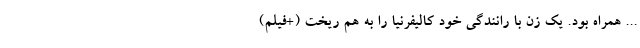
... همراه بود. یک زن با رانندگی خود کالیفرنیا را به هم ریخت (+فیلم)